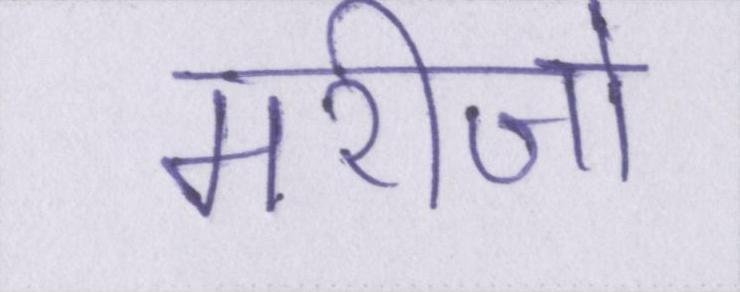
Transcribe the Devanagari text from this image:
मरीजो